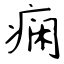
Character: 痫